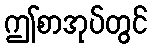
ဤစာအုပ်တွင်